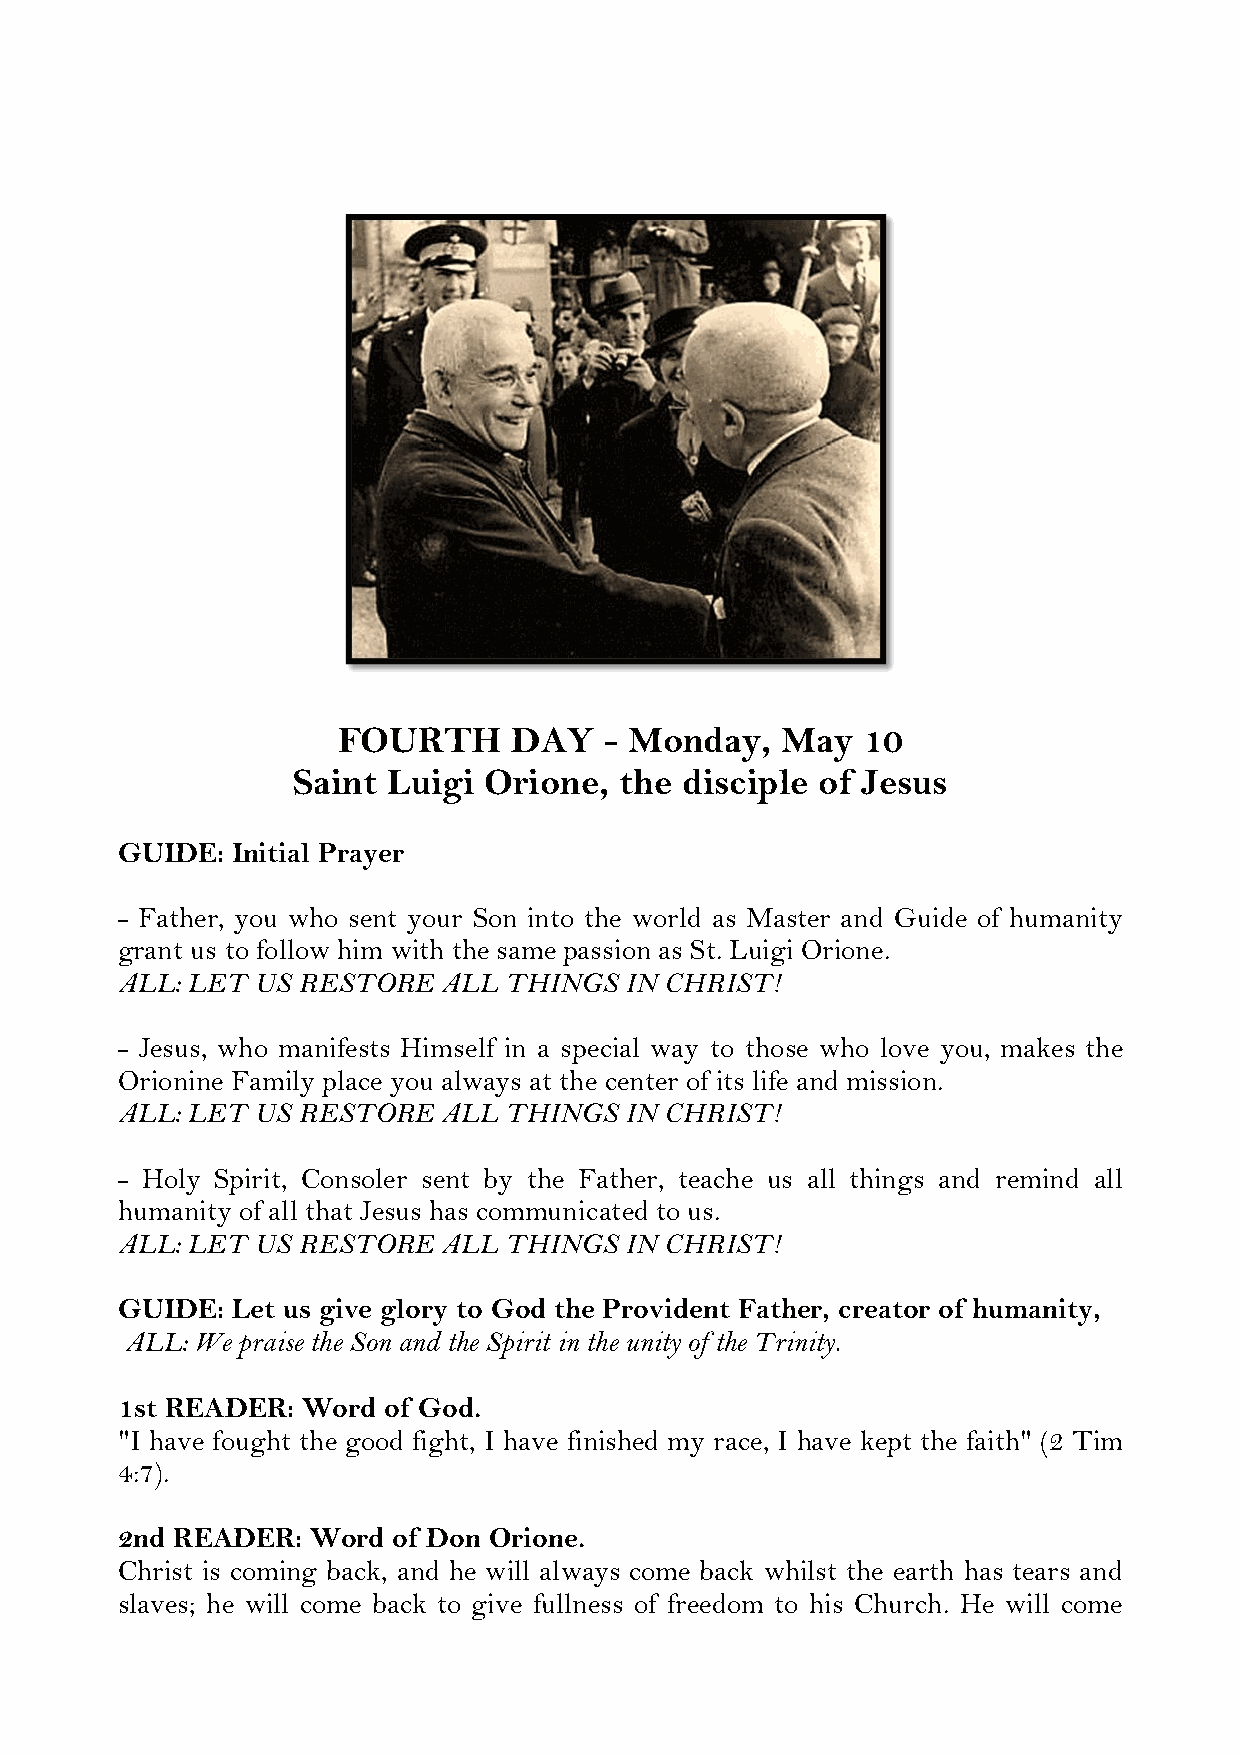
FOURTH      DAY   - Monday,   May  10
 Saint  Luigi Orione,  the disciple of Jesus
 GUIDE: Initial Prayer
 - Father, you who sent your Son into the world as Master and Guide of humanity
 grant us to follow him with the same passion as St. Luigi Orione.
 ALL: LET US RESTORE  ALL THINGS  IN CHRIST!
 - Jesus, who manifests Himself in a special way to those who love you, makes the
 Orionine Family place you always at the center of its life and mission.
 ALL: LET US RESTORE  ALL THINGS  IN CHRIST!
 - Holy Spirit, Consoler sent by the Father, teache us all things and remind all
 humanity of all that Jesus has communicated to us.
 ALL: LET US RESTORE  ALL THINGS  IN CHRIST!
 GUIDE: Let us give glory to God the Provident Father, creator of humanity,
 ALL: We praise the Son and the Spirit in the unity of the Trinity.
 1st READER: Word of God.
 "I have fought the good fight, I have finished my race, I have kept the faith" (2 Tim
 4:7).
 2nd READER:  Word of Don Orione.
 Christ is coming back, and he will always come back whilst the earth has tears and
 slaves; he will come back to give fullness of freedom to his Church. He will come